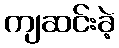
ကျဆင်းခဲ့